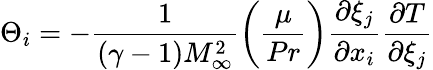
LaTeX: \Theta_{i}=-\frac{1}{(\gamma-1)M_{\infty}^{2}}\bigg(\frac{\mu}{Pr}\bigg)\frac{\partial\xi_{j}}{\partial x_{i}}\frac{\partial T}{\partial\xi_{j}}